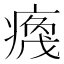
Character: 𬏻